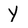
Character: Y